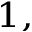
^ { 1 , }